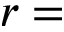
r =